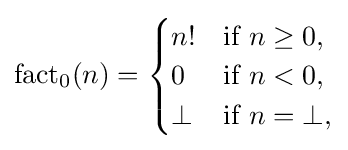
\operatorname {fact} _{0}(n)={\begin{cases}n!&{\text{if }}n\geq 0,\\0&{\text{if }}n<0,\\\bot &{\text{if }}n=\bot ,\end{cases}}